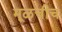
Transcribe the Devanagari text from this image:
मूळचीच